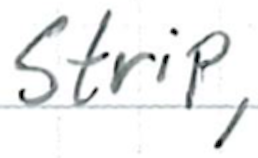
Text: strip,
Cross-out: clean
Writing tool: ballpoint